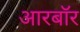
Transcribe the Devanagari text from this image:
आरबॉर